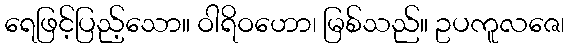
ရေဖြင့်ပြည့်သော။ ဝါရိဝဟော၊ မြစ်သည်။ ဥပကူလဇေ၊